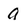
Character: a